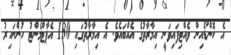
އެ ކޮންޑޯއިން ވެއްޓިފައިވަނީ އިމާރާތުގެ އެއްބައެވެ. އެ އިމާރާތުގައި 130 އެޕާޓްމެންޓު ހުންނައިރު